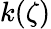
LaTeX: k(\zeta)